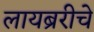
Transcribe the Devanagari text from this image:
लायब्ररीचे